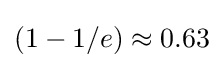
(1-1/e)\approx 0.63